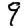
Digit: 9